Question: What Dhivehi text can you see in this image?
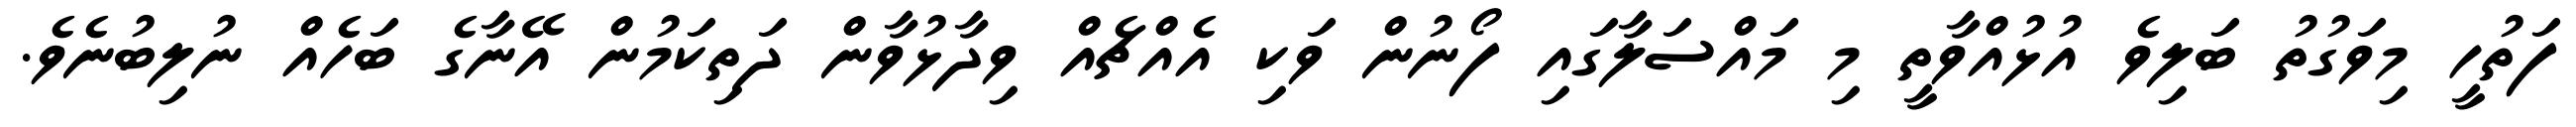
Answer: ފަތުހީ މިވަގުތު ބަލިވެ އުޅުއްވާތީ މި މައްސަލާގައި ފޯނުން ވަކި އެއްޗެއް ވިދާޅުވާން ދަތިކަމުން އޭނާގެ ބަހެއް ނުލިބުނެވެ.